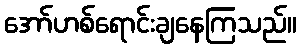
အော်ဟစ်ရောင်းချနေကြသည်။